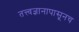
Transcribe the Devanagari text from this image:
तत्त्वज्ञानापासूनच